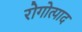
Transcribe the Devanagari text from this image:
रोगोत्पाद